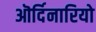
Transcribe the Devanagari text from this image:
ऒर्दिनारियो